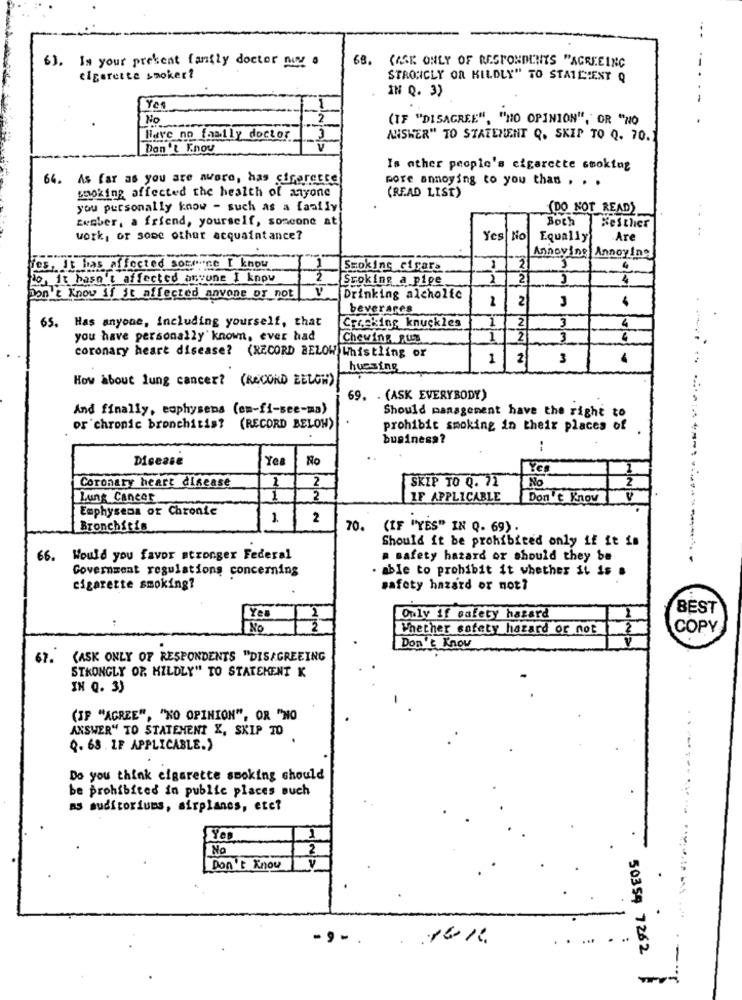
Is your present family doctor nuy a
68. (ASE ONLY OF RESPONDENTS "AGREEING
cigarette smokert
STRONGLY OR KILDLY" TO STAILIENT Q
IN Q. 3)
-..-
Yes
No
(IF "DISAGREE", "NO OPINION"," OR "NO
Have no family doctor
ANSWER" TO STATEMENT Q. SKIP TO Q. 70.
Don't F.nou
Is ather people's cigarette smoking
64. As far as you are aware, has ciforcese
pore annoying to you than . . .
smoking affected the health of anyone
(READ LIST)
you personally know - such as a family
(DO NOT READ)
zember, a friend, yourself, someone at
Boch
. .
Neither
..
work, or some other acquaintance?
Yes No
Equally
Are
Annoying Annoying
es, It has affected somne I know
1
Smoking Girare
2
4
No, it hasn't affected anyone I know
2
Sroking a pipe
2
2
4
Don't Know if it affected anyone or not V
Drinking alcholic
2
3
beverares
65. Has anyone, Including yourself, that
Cracking knuckles
1/2
3
4
you have personally' known, ever had
Chewing put
21
3
coronary heart disease? (RECORD BELOW Whistling or
1
3
hussing
How about lung cancer? (RECORD EELGH)
69. . (ASK EVERYBODY)
And finally, eophysens (em-fi-see-ma)
Should management have the right to
or chronic bronchitis? (RECORD BELOW)
prohibit smoking in their places of
business?
--
Disease
Yea
No
Coronary heart disease
2
SKIP TO Q. 72
No
2
Lung Cancer
1
2
IF APPLICABLE
Don't Know
Emphysema of Chroale
1.
2
Bronchitis
70. (IF "YES" IN Q. 69).
Should it be prohibited only if it is
66. Would you favor stronger Federal
a safety hazard or should they be
Government regulations concerning
able to prohibit it whether it is .
cigarette smoking?
safety hazard or not?
BEST
Yes
Only if safety hazard
No
Whether cofety hazard or not
COPY
Don't Know
67.
(ASK ONLY OF RESPONDENTS "DISAGREEING
STRONGLY OR MILDLY" TO STATEMENT K
IN Q. 3)
(IF "AGREE", "KO OPINION", OR "NO
ANSWER" TO STATEMENT Y, SKIP TO
Q. 68 . IF APPLICABLE."
Do you think cigarette smoking should
be prohibited in public places such
as auditoriums, airplanes, etc?
Yes
No
Don't Know
V
- 9 -.
..
50354 7262
-